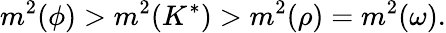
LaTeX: m^{2}(\phi)>m^{2}(K^{*})>m^{2}(\rho)=m^{2}(\omega).